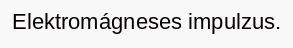
Elektromágneses impulzus.